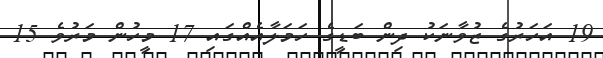
19 އަހަރުގެ ޒުވާނަކު ދިން ބަޑީގެ ހަމަލާއެއްގައި 17 މީހުން މަރުވެ 15